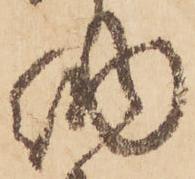
納